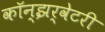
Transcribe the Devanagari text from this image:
कॉन्झर्वेटरी